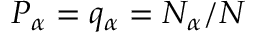
P _ { \alpha } = q _ { \alpha } = N _ { \alpha } / N